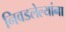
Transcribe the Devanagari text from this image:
निवडलेल्यांना